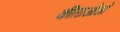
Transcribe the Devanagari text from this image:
कीताओओं